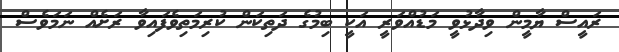
ރައީސް ޔާމީން ވިދާޅުވީ މަޑުއްވަރީ އަކީ ބިމުގެ ދަތިކަން ކުރިމަތިވެފައިވާ ރަށެއް ނަމަވެސް